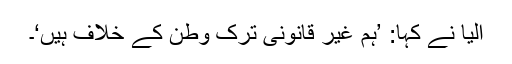
الیا نے کہا: ’ہم غیر قانونی ترک وطن کے خلاف ہیں‘۔